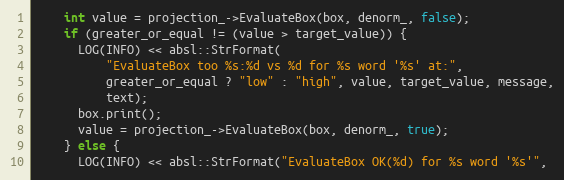
Language: C++
    int value = projection_->EvaluateBox(box, denorm_, false);
    if (greater_or_equal != (value > target_value)) {
      LOG(INFO) << absl::StrFormat(
          "EvaluateBox too %s:%d vs %d for %s word '%s' at:",
          greater_or_equal ? "low" : "high", value, target_value, message,
          text);
      box.print();
      value = projection_->EvaluateBox(box, denorm_, true);
    } else {
      LOG(INFO) << absl::StrFormat("EvaluateBox OK(%d) for %s word '%s'",